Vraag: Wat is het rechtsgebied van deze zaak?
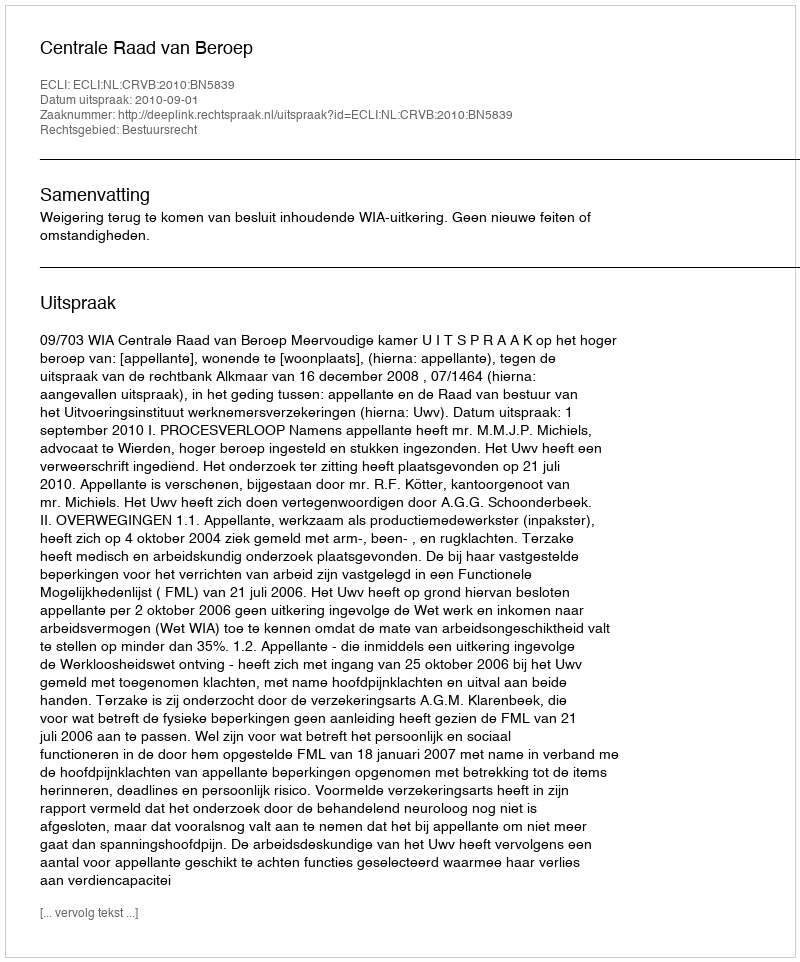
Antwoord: Bestuursrecht